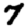
Digit: 7